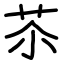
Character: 苶